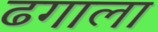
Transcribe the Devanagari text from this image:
ढगाला